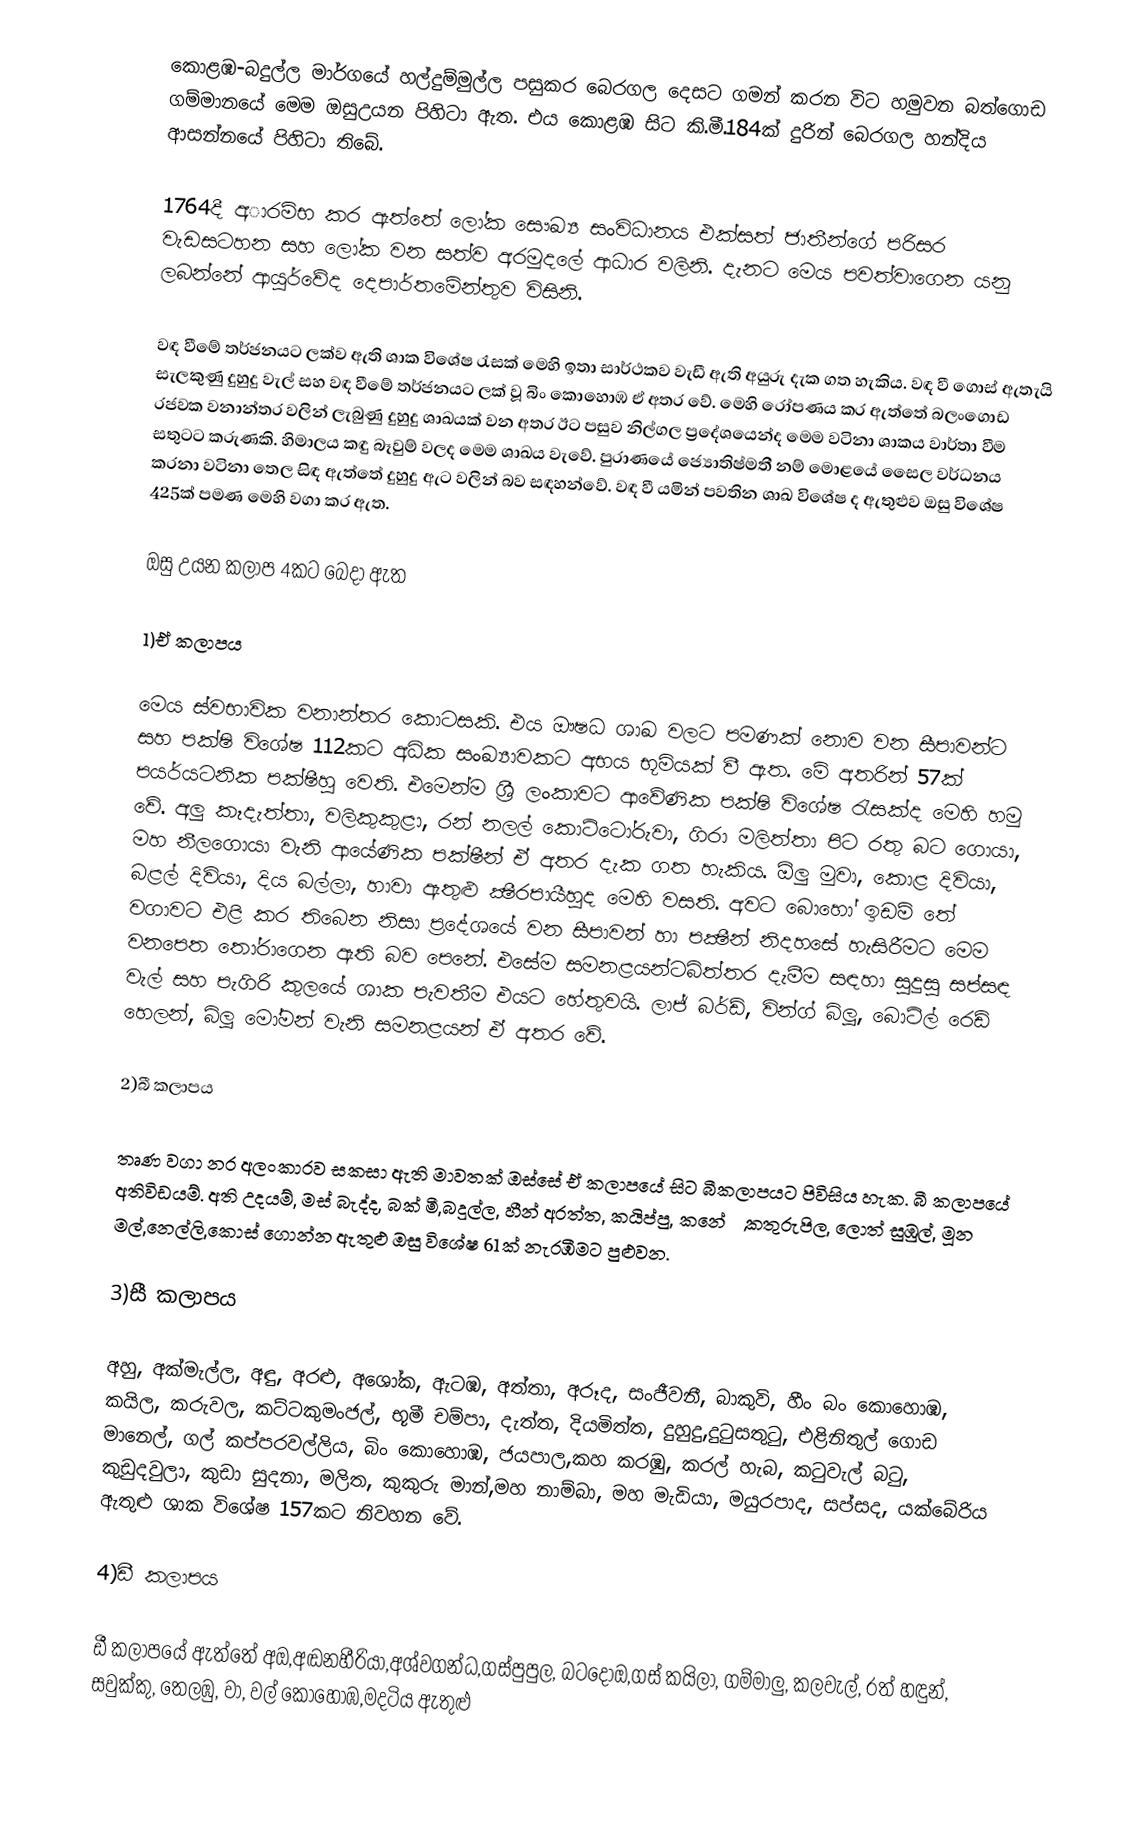
කොළඹ-බදුල්ල මාර්ගයේ හල්දුම්මුල්ල පසුකර බෙරගල දෙසට ගමන් කරන විට හමුවන බත්ගොඩ ගම්මානයේ මෙම ඔසුඋයන පිහිටා ඇත. එය කොළඹ සිට කි.මී.184ක් දුරින් බෙරගල හන්දිය ආසන්නයේ පිහිටා තිබේ.

1764දී අාරම්භ කර ඇත්තේ ලෝක සෞඛ්‍ය සංවිධානය එක්සත් ජාතීන්ගේ පරිසර වැඩසටහන සහ ලෝක වන සත්ව අරමුදලේ ආධාර වලිනි. දැනට මෙය පවත්වාගෙන යනු ලබන්නේ ආයුර්වේද දෙපාර්තමේන්තුව විසිනි.

වඳ වීමේ තර්ජනයට ලක්ව ඇති ශාක විශේෂ රැසක් මෙහි ඉතා සාර්ථකව වැඩී ඇති අයුරු දැක ගත හැකිය. වඳ වී ගොස් ඇතැයි සැලකුණු දුහුදු වැල් සහ වඳ වීමේ තර්ජනයට ලක් වූ බිං කොහොඹ ඒ අතර වේ. මෙහි රෝපණය කර ඇත්තේ බලංගොඩ රජවක වනාන්තර වලින් ලැබුණු දුහුදු ශාඛයක් වන අතර ඊට පසුව නිල්ගල ප්‍රදේශයෙන්ද මෙම වටිනා ශාකය වාර්තා වීම සතුටට කරුණකි. හිමාලය කඳු බෑවුම් වලද මෙම ශාඛය වැවේ. පුරාණයේ ජ්‍යොතිෂ්මතී නම් මොළයේ සෛල වර්ධනය කරනා වටිනා තෙල සිඳ ඇත්තේ දුහුදු ඇට වලින් බව සඳහන්වේ. වඳ වී යමින් පවතින ශාඛ විශේෂ ද ඇතුළුව ඔසු විශේෂ 425ක් පමණ මෙහි වගා කර ඇත.

ඔසු උයන කලාප 4කට ‍බෙ‍දා ඇත

1)ඒ කලාපය

මෙය ස්වභාවික වනාන්තර කොටසකි. එය ඖෂධ ශාඛ වලට පමණක් නොව වන සීපාවන්ට සහ පක්ෂි විශේෂ 112කට අධික සංඛ්‍යාවකට අභය භූමියක් වී ඇත. මේ අතරින් 57ක් පයර්යටනික පක්ෂීහු වෙති. එමෙන්ම ශ්‍රී ලංකාවට ආවේණික පක්ෂි විශේෂ රැසක්ද මෙහි හමු වේ. අලු කෑදැත්තා, වලිකුකුළා, රන් නලල් කොට්ටෝරුවා, ගිරා මලිත්තා පිට රතු බට ගොයා, මහ නීලගොයා වැනි ආයේණික පක්ෂීන් ඒ අතර දැක ගත හැකිය. ඕලු මුවා, කොළ දිවියා, බළල් දිවියා, දිය බල්ලා, හාවා ඇතුළු ක්‍ෂීරපායීහුද මෙහි වසති. අවට බොහෝ ඉඩම් තේ වගාවට එළි කර තිබෙන නිසා ප්‍රදේශයේ වන සීපාවන් හා පක්‍ෂීන් නිදහසේ හැසිරීමට මෙම වනපෙත තෝරාගෙන ඇති බව පෙනේ. එසේම සමනළයන්ටබිත්තර දැමීම සඳහා සුදුසු සප්සඳ වැල් සහ පැගිරි කුලයේ ශාක පැවතීම එයට හේතුවයි. ලාජ් බර්ඩ්, වින්ග් බ්ලූ, බොට්ල් රෙඩ් හෙලන්, බ්ලූ මෝමන් වැනි සමනළයන් ඒ අතර වේ.

2)බී කලාපය

තෘණ වගා නර අලංකාරව සකසා ඇති මාවතක් ඔස්සේ ඒ කලාපයේ සිට බීකලාපයට පිවිසිය හැක. බී කලාපයේ අතිවිඩයම්. අති උදයම්, මස් බැද්ද, බක් මී,බදුල්ල, හීන් අරත්ත, කයිප්පු, කනේරු,කතුරුපිල, ලොත් සුඹුල්, මූන මල්,නෙල්ලි,කොස් ගොන්න ඇතුළු ඔසු විශේෂ 61ක් නැරඹීමට පුළුවන.

3)සී කලාපය

අහු, අක්මැල්ල, අඳු, අරළු, අශෝක, ඇටඹ, අත්තා, අරූද, සංජීවනී, බාකුවි, හීං බං කොහොඹ, කයිල, කරුවල, කට්ටකුමංජල්, භූමී චම්පා, දැත්ත, දියමිත්ත, දුහුදු,දුටුසතුටු, එළිනිතුල් ගොඩ මානෙල්, ගල් කප්පරවල්ලිය, බිං කොහොඹ, ජයපාල,කහ කරඹු, කරල් හැබ, කටුවැල් බටු, කුඩුදවුලා, කුඩා සුදනා, මලිත, කුකුරු මාන්,මහ නාම්බා, මහ මැඩියා, මයුරපාද, සප්සද, යක්බේරිය ඇතුළු ශාක විශේෂ 157කට නිවහන වේ.

4)ඩී කලාපය

ඩී කලාපයේ ඇත්තේ අඔ,අඬනහීරියා,අශ්වගන්ධ,ගස්පුපුල, බටදොඔ,ගස් කයිලා, ගම්මාලු, කලවැල්, රත් හඳුන්, සවුක්කු, තෙලඹු, වා, වල් කොහොඹ,මදටිය ඇතුළු